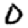
Digit: 0